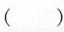
( )